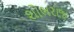
શોભરાજ